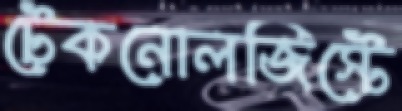
টেকনোলজিস্টে